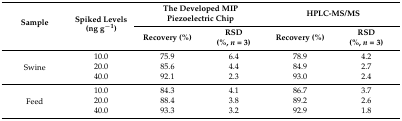
<table><thead><tr><td rowspan="2"><b>Sample</b></td><td rowspan="2"><b>Spiked Levels(ng g<sup>−1</sup>)</b></td><td colspan="2"><b>The Developed MIP Piezoelectric Chip</b></td><td colspan="2"><b>HPLC-MS/MS</b></td></tr><tr><td><b>Recovery (%)</b></td><td><b>RSD(%, <i>n</i> = 3)</b></td><td><b>Recovery (%)</b></td><td><b>RSD(%, <i>n</i> = 3)</b></td></tr></thead><tbody><tr><td rowspan="3">Swine</td><td>10.0</td><td>75.9</td><td>6.4</td><td>78.9</td><td>4.2</td></tr><tr><td>20.0</td><td>85.6</td><td>4.4</td><td>84.9</td><td>2.7</td></tr><tr><td>40.0</td><td>92.1</td><td>2.3</td><td>93.0</td><td>2.4</td></tr><tr><td rowspan="3">Feed</td><td>10.0</td><td>84.3</td><td>4.1</td><td>86.7</td><td>3.7</td></tr><tr><td>20.0</td><td>88.4</td><td>3.8</td><td>89.2</td><td>2.6</td></tr><tr><td>40.0</td><td>93.3</td><td>3.2</td><td>92.9</td><td>1.8</td></tr></tbody></table>